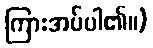
ကြားအပ်ပါ၏။)